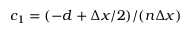
c _ { 1 } = ( - d + \Delta x / 2 ) / ( n \Delta x )